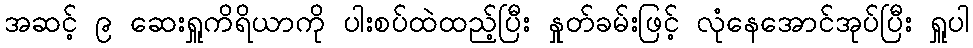
အဆင့် ၉ ဆေးရှူကိရိယာကို ပါးစပ်ထဲထည့်ပြီး နှုတ်ခမ်းဖြင့် လုံနေအောင်အုပ်ပြီး ရှူပါ